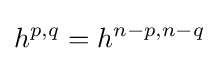
h^{p,q}=h^{n-p,n-q}